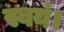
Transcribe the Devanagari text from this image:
स्वयं।